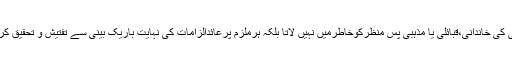
یہاں اس بات کی وضاحت ضروری ہے کہ بی ایل ایف سزا و جزا کے معاملے میں کسی کی خاندانی،قبائلی یا مذہبی پسِ منظرکوخاطرمیں نہیں لاتا بلکہ ہرملزم پرعائدالزامات کی نہایت باریک بینی سے تفتیش و تحقیق کرکے ثابت شدہ جرم پر تمام امتیازات سے بالاتر ہوکر اس کے خلاف کاروائی کرتا ہے ۔